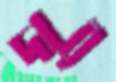
দার